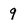
Character: q